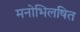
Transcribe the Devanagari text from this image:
मनोभिलषित